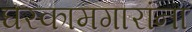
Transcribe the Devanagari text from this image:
घरकामगारांना